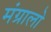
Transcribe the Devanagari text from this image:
मंग्रालो